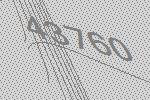
43760